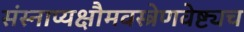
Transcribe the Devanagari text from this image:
संस्नाप्यक्षौमवस्त्रेणवेष्ट्यच